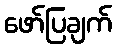
ဖော်ပြချက်